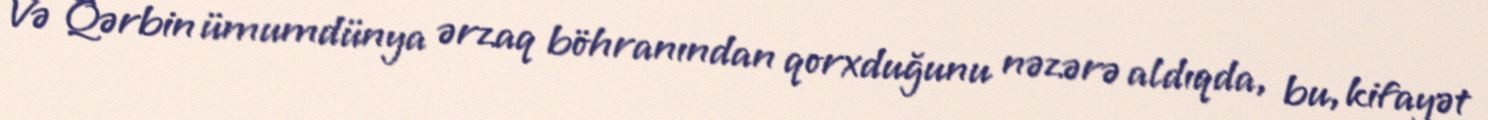
Və Qərbin ümumdünya ərzaq böhranından qorxduğunu nəzərə aldıqda, bu, kifayət